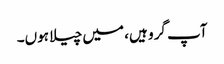
آپ گرو ہیں، میں چیلا ہوں۔